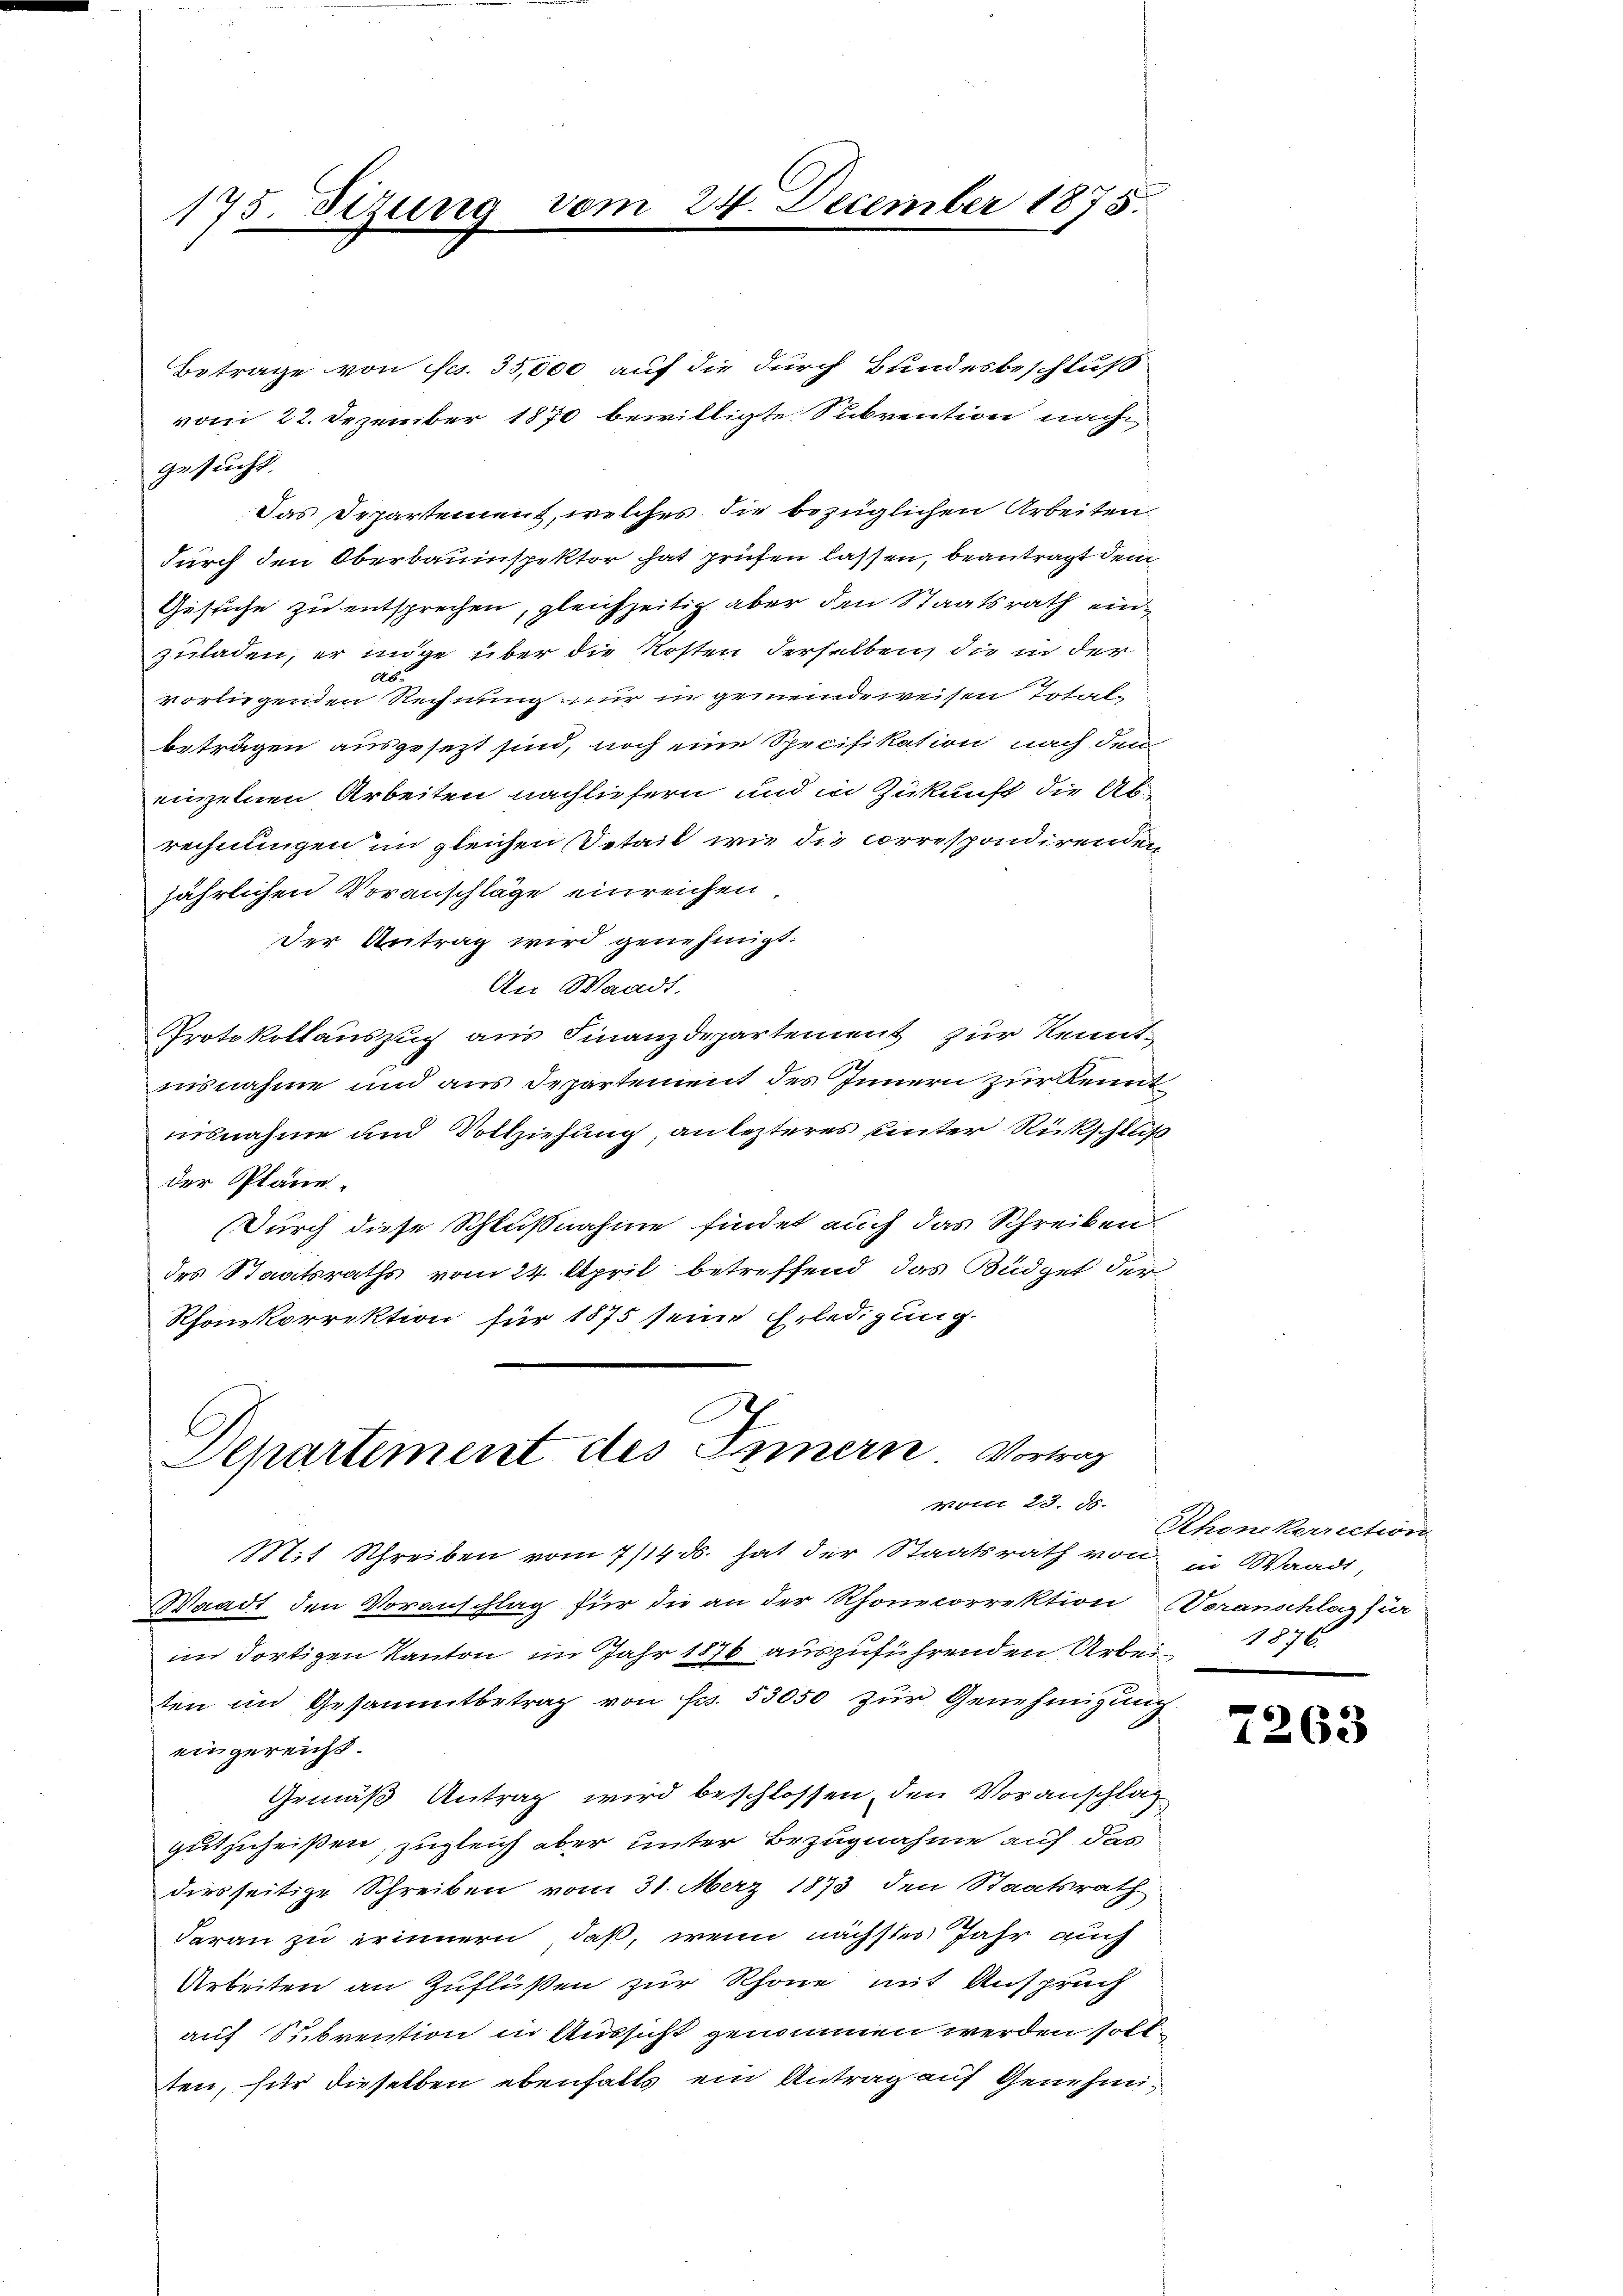
175. Sezung vom 24. December 1875.

Betrage von fcs. 35,000 auf die durch Bundesbeschluß
vom 22. Dezember 1870 bewilligte Subvention nach
gesucht.
Das Departement, welches die bezüglichen Arbeitendurch den Oberbauinspektor hat prüfen lassen, beantragt dem
Gesuche zu entsprechen, gleichzeitig aber den Staatsrath einzuladen, er möge über die Kosten derselben, die in der
Ab.
vorliegenden Rechnung nur in gemeindeweisen Totalbeträgen ausgesezt sind, noch eine Specifikation nach den
einzelnen Arbeiten nachliefern und in Zukunft die Abrechnungen im gleichen Detail wie die correspondirenden
jährlichen Voranschläge einreichen
Der Antrag wird genehmigt.
An Waadt.
Protokollauszug aus Finanzdepartement zur Kenntnisnahme und aus Departement des Innern zur Kenntisnahme und Vollziehung, an lezteres unter Rückschluß
der Pläne
Durch diese Schlußnahme findet auch das Schreiben
des Staatsraths vom 24. April betreffend das Büdget der
Rhonkorrektion für 1875 seine Erledigung

.
Departement des Innern Vortrag
Molli 23. ds.

Mit Schreiben vom 7/14. ds. hat der Staatsrath von in Waadt,
Waadt den Voranschlag für die an der Rhonecorrektion Veranschlag für
im dortigen Kanton im Jahr 1876 auszuführenden Arbei 1876.
ten im Gesammtbetrag von Fr. 53050 zur Genehmigung
eingereicht.
Gemäß Antrag wird beschlossen, den Voranschlag
gutzuheißen, zugleich aber unter Bezugnahme auf das
diesseitige Schreiben vom 31. Merz 1873 den Staatsrath
daran zu erinnern, daß, wenn nächstes Jahr auch
Arbeiten an Zuflüßen zur Rhone mit Anspruch
auf Subvention in Aussicht genommen werden soll
ten, für dieselben ebenfalls ein Antrag auf Genehmi¬

Rhonekerrection

25

63